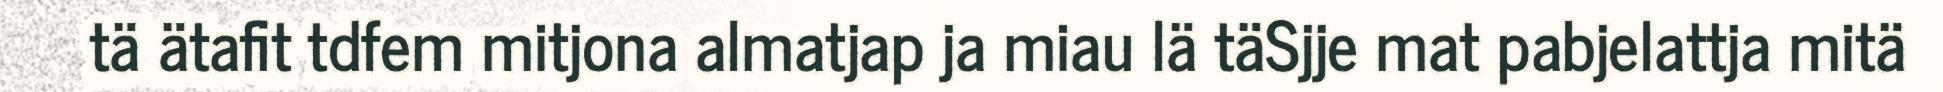
tä ätafit tdfem mitjona almatjap ja miau lä täSjje mat pabjelattja mitä